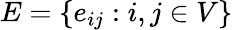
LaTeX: E=\{ e_{ij}:i,j\in V\}